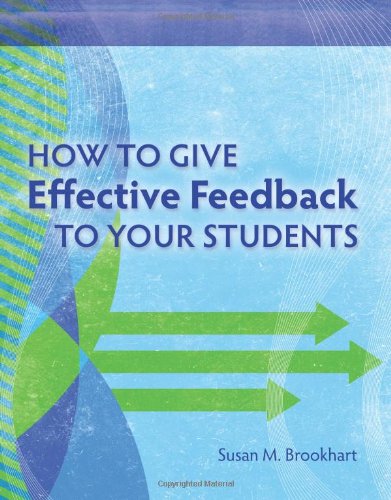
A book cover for How to Give Effective Feedback to Your Students; Susan M. Brookhart; Reference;